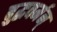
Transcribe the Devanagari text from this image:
बुद्धवर्मन्